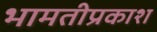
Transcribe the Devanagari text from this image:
भामतीप्रकाश